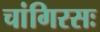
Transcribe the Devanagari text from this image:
चांगिरसः